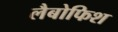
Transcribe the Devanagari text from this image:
लैबोफिश